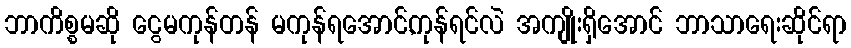
ဘာကိစ္စမဆို ငွေမကုန်တန် မကုန်ရအောင်,ကုန်ရင်လဲ အကျိုးရှိအောင် ဘာသာရေးဆိုင်ရာ